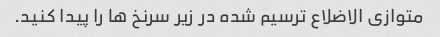
متوازی الاضلاع ترسیم شده در زیر سرنخ ها را پیدا کنید.